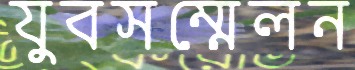
যুবসম্মেলন